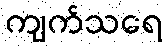
ကျက်သရေ